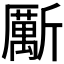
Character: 𱡯